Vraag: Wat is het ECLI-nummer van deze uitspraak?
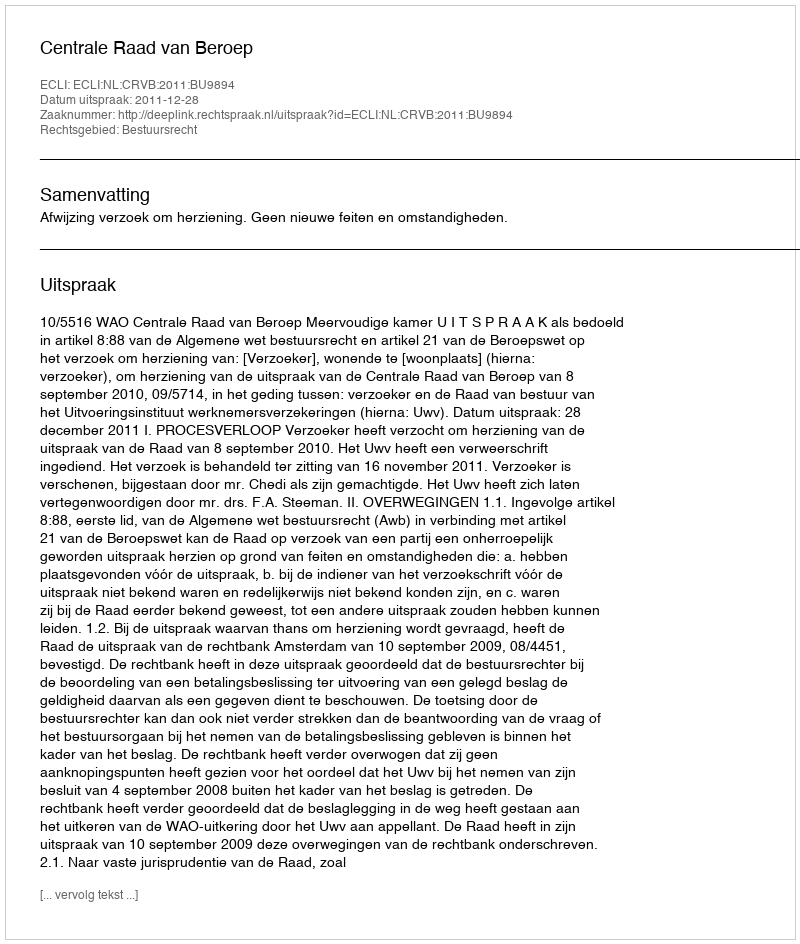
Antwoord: ECLI:NL:CRVB:2011:BU9894